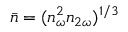
\bar { n } = ( n _ { \omega } ^ { 2 } n _ { 2 \omega } ) ^ { 1 / 3 }